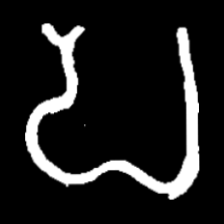
Pyu character \u2014 Myanmar letter: ပ (romanized: pa)